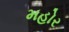
મહોર